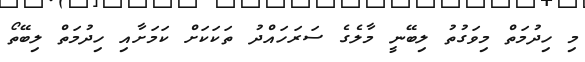
މި ހިދުމަތް މިވަގުތު ލިބޭނީ މާލެގެ ސަރަހައްދު ތަކަކަށް ކަމަށާއި ހިދުމަތް ލިބޭތޯ